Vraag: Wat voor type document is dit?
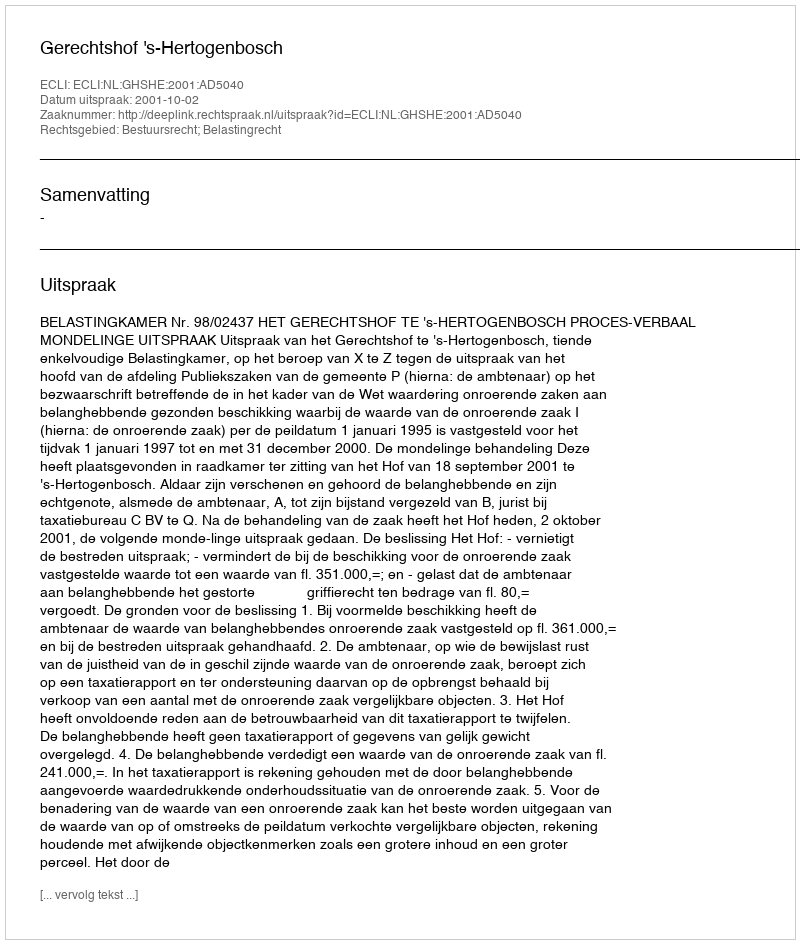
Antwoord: Uitspraak